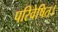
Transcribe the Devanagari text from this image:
परिवेषित।